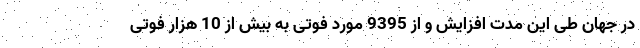
در جهان طی این مدت افزایش و از 9395 مورد فوتی به بیش از 10 هزار فوتی